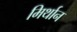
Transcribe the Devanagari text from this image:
मिर्थान